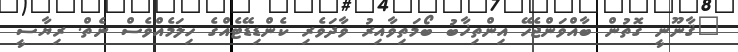
"ޤާނޫނީ ގޮތުން ބާއްވަންޖެހޭ އިންތިޚާބު ބޯމަތިވާއިރު ވާދަވެރި ކެންޑިޑޭޓެއްގެ ހިލަމެއްވެސް ނެތް. ރިޔާސީ